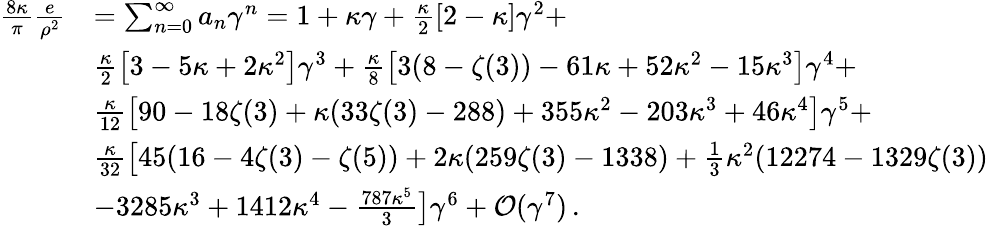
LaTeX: \begin{array}{rl}{\frac{8\kappa}{\pi}\frac{e}{\rho^{2}}}&{=\sum_{n=0}^{\infty}a_{n}\gamma^{n}=1+\kappa\gamma+\frac{\kappa}{2}[2-\kappa]\gamma^{2}+}\\ &{\frac{\kappa}{2}\left[3-5\kappa+2\kappa^{2}\right]\gamma^{3}+\frac{\kappa}{8}\left[3(8-\zeta(3))-61\kappa+52\kappa^{2}-15\kappa^{3}\right]\gamma^{4}+}\\ &{\frac{\kappa}{12}\left[90-18\zeta(3)+\kappa(33\zeta(3)-288)+355\kappa^{2}-203\kappa^{3}+46\kappa^{4}\right]\gamma^{5}+}\\ &{\frac{\kappa}{32}\big[45(16-4\zeta(3)-\zeta(5))+2\kappa(259\zeta(3)-1338)+\frac{1}{3}\kappa^{2}(12274-1329\zeta(3))}\\ &{-3285\kappa^{3}+1412\kappa^{4}-\frac{787\kappa^{5}}{3}\big]\gamma^{6}+\mathcal{O}(\gamma^{7})\, .}\end{array}